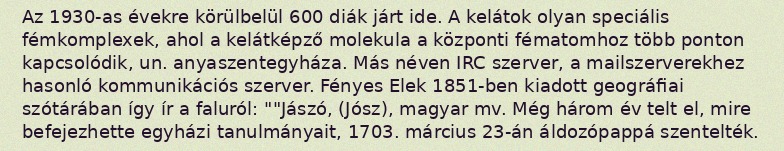
Az 1930-as évekre körülbelül 600 diák járt ide. A kelátok olyan speciális fémkomplexek, ahol a kelátképző molekula a központi fématomhoz több ponton kapcsolódik, un. anyaszentegyháza. Más néven IRC szerver, a mailszerverekhez hasonló kommunikációs szerver. Fényes Elek 1851-ben kiadott geográfiai szótárában így ír a faluról: ""Jászó, (Jósz), magyar mv. Még három év telt el, mire befejezhette egyházi tanulmányait, 1703. március 23-án áldozópappá szentelték.